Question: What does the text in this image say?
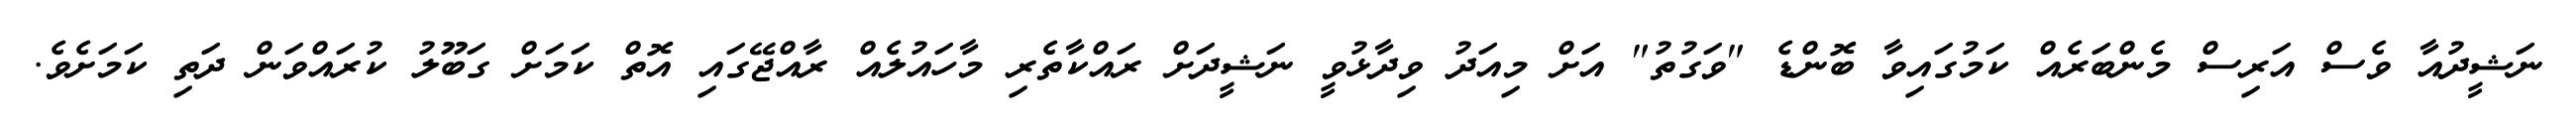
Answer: ނަޝީދުއާ ވެސް އަރިސް މެންބަރެއް ކަމުގައިވާ ބޮންޑެ "ވަގުތު" އަށް މިއަދު ވިދާޅުވީ ނަޝީދަށް ރައްކާތެރި މާހައުލެއް ރާއްޖޭގައި އޮތް ކަމަށް ގަބޫލު ކުރައްވަން ދަތި ކަމަށެވެ.